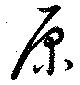
原